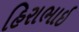
હિરાભાઇ